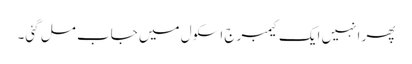
پھر انہیں ایک کیمبرج اسکول میں جاب مل گئی۔